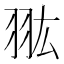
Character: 𦐌